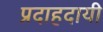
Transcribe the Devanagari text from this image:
प्रदाहदायी